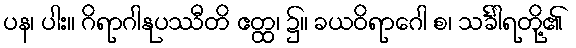
ပန၊ ပါး။ ဂိရာဂါနုပဿီတိ ဧတ္ထ၊ ၌။ ခယဝိရာဂေါ စ၊ သင်္ခါရတို့၏